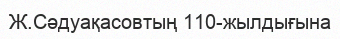
Ж.Сәдуақасовтың 110-жылдығына